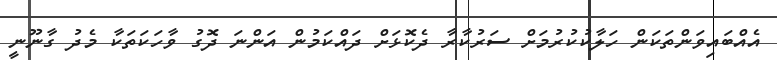
އެއްބައިވަންތަކަން ހަލާކުކުރުމަށް ސަރުކާރާ ދެކޮޅަށް ދައްކަމުން އަންނަ ދޮގު ވާހަކަތަކާ މެދު ގާނޫނީ